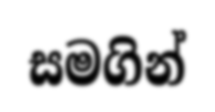
සමගින්